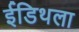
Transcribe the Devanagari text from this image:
ईडिथला